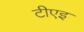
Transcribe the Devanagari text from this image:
टीएइ